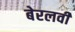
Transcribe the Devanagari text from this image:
बेरलवी